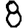
Digit: 8